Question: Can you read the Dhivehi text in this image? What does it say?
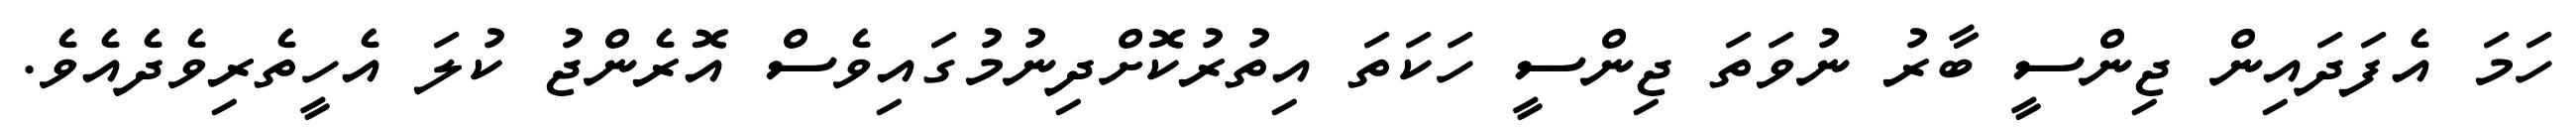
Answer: ހަމަ އެފަދައިން ޖިންސީ ބާރު ނުވަތަ ޖިންސީ ހަކަތަ އިތުރުކޮށްދިނުމުގައިވެސް އޮރެންޖު ކުލަ އެހީތެރިވެދެއެވެ.